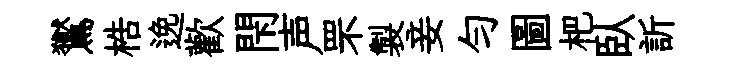
鸑梏𨓜歡閇声罘製妾勻圖杷臥訢